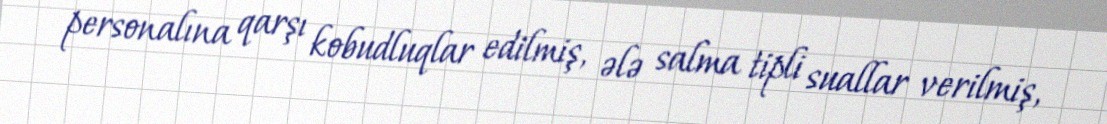
personalına qarşı kobudluqlar edilmiş, ələ salma tipli suallar verilmiş,